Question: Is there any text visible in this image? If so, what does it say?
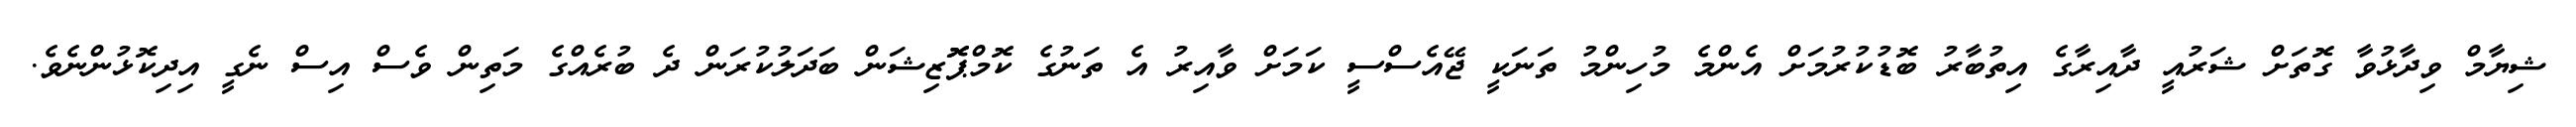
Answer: ޝިޔާމް ވިދާޅުވާ ގޮތަށް ޝަރުއީ ދާއިރާގެ އިތުބާރު ބޮޑުކުރުމަށް އެންމެ މުހިންމު ތަނަކީ ޖޭއެސްސީ ކަމަށް ވާއިރު އެ ތަނުގެ ކޮމްޕޮޮޒިޝަން ބަދަލުކުރަން ދެ ބުރެއްގެ މަތިން ވެސް އިސް ނެގީ އިދިކޮޅުންނެވެ.